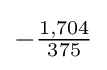
-{\tfrac {1,704}{375}}